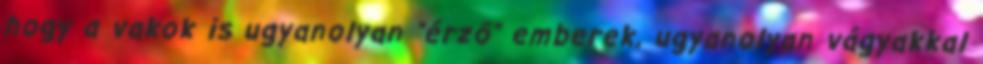
hogy a vakok is ugyanolyan "érző" emberek, ugyanolyan vágyakkal